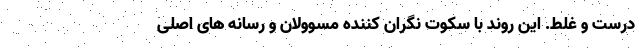
درست و غلط. این روند با سکوت نگران کننده مسوولان و رسانه های اصلی